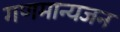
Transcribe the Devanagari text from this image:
गणमान्यजन